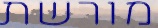
מורשת